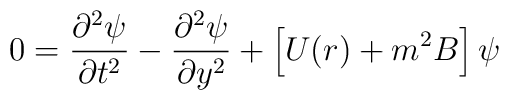
0 =  {\partial^2 \psi \over \partial t^2}      - {\partial^2 \psi \over \partial y^2}  + \left [U(r) + m^2          B\right]  \psi